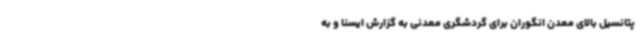
پتانسیل بالای معدن انگوران برای گردشگری معدنی به گزارش ایسنا و به